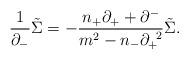
LaTeX: \begin{align*}\frac{1}{{\partial}_-}\tilde{\Sigma}=-\frac{n_+{\partial}_++{\partial}^-}{m^2-n_-{\partial}_+^{\;\;2}}\tilde{\Sigma}. \end{align*}